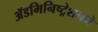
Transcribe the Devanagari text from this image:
ॲडमिनिष्ट्रेशनने